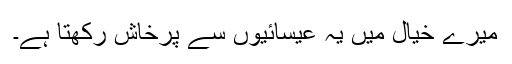
میرے خیال میں یہ عیسائیوں سے پرخاش رکھتا ہے۔